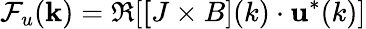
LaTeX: \mathcal{F}_{u}({\mathbf k})=\Re[{\mathbf[J\times B](k)}\cdot{\mathbf u^{*}(k)}]